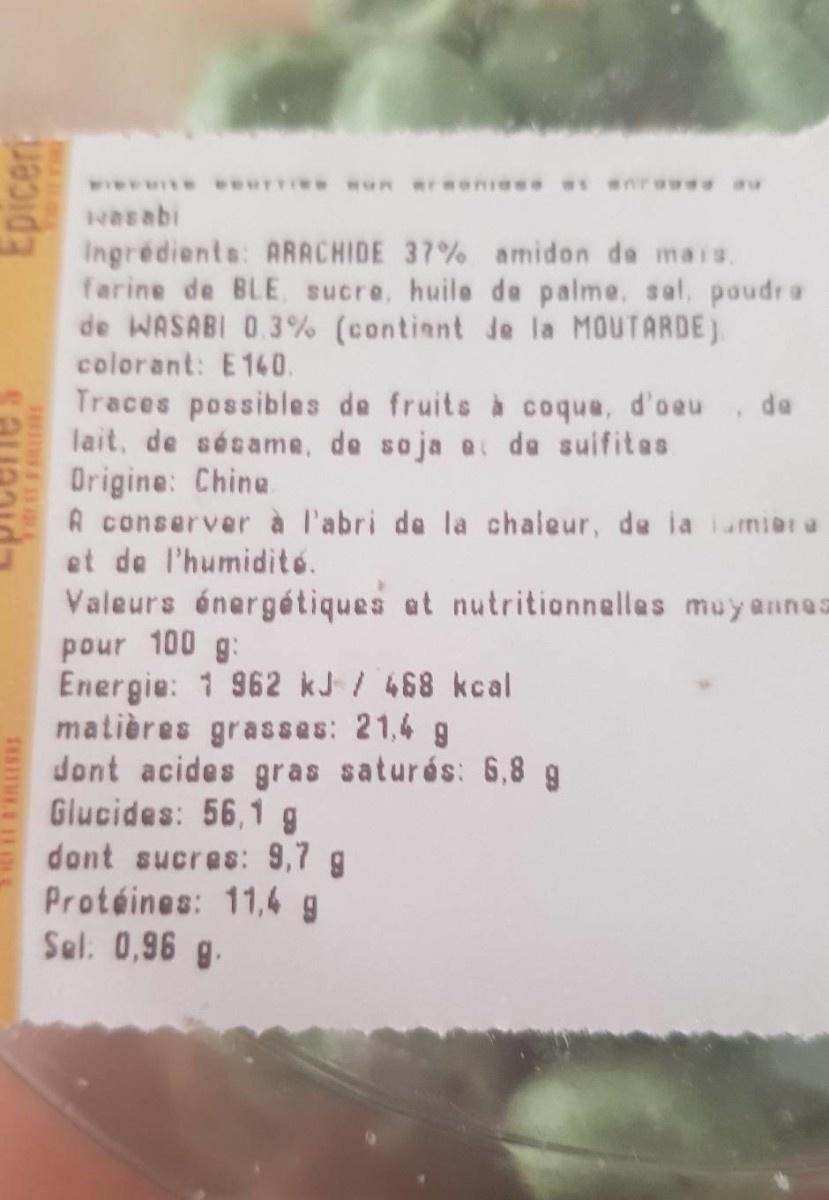
WerwIte eeurrie e Run Rrmoniese s anre du
wasabi
Ingrédients: ARACHIDE 37% amidon de mais, farine de BLE, sucre, huile de palme, sal, poudr a de WASABI 0.3% (contient de la MOUTARDE) colorant: E140. Traces possibles de fruits à coque, d'oeu, de lait, de sésame, de soja a de suifitas Drigine: Chine A conserver à l'abri de la chaleur, de la iumiar a et de l'humidité. Valeurs énergétiques et nutritionnelles muyannes pour 100 g: Energie: 1 962 kJ / 468 kcal matières grasses: 21,4 g dont acides gras saturés: 6,8 g Glucides: 56,1 g dont sucres: 9,7 g Protéines: 11,4 g Sel. 0,96 g.
Epicer